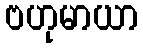
ဗဟုမာယာ